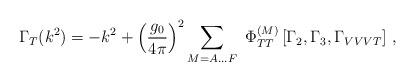
LaTeX: \begin{align*}\Gamma_{T} (k^{2}) = - k^{2} + \left( \frac{g_{0}}{4 \pi} \right)^{2}\sum \limits_{M = A \ldots F} \, \, \Phi^{(M)}_{TT}\left[ \Gamma_{2}, \Gamma_{3}, \Gamma_{VVVT} \right] \, ,\end{align*}